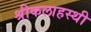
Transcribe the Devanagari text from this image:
श्रीकलाहस्थी